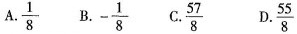
A.\frac{1}{8} B.- \frac{1}{8} C.\frac{57}{8} D.\frac{55}{8}